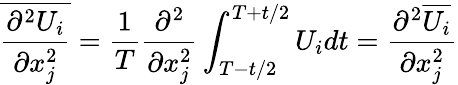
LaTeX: \overline{{\frac{\partial^{2}U_{i}}{\partial x_{j}^{2}}}}={\frac{1}{T}}{\frac{\partial^{2}}{\partial x_{j}^{2}}}\int_{T-t/2}^{T+t/2}U_{i}dt={\frac{\partial^{2}\overline{{U_{i}}}}{\partial x_{j}^{2}}}